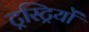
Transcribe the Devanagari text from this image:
ट्रस्ट्रियों